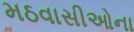
મઠવાસીઓના